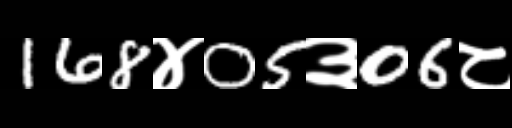
Text: 168४05३06८